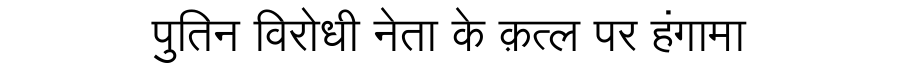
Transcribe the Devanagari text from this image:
पुतिन विरोधी नेता के क़त्ल पर हंगामा